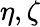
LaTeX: \eta,\zeta